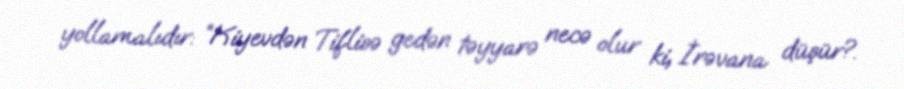
yollamalıdır: “Kiyevdən Tiflisə gedən təyyarə necə olur ki, İrəvana düşür?.